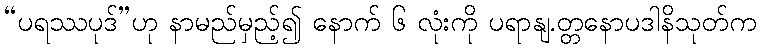
“ပရဿပုဒ်”ဟု နာမည်မှည့်၍ နောက် ၆ လုံးကို ပရာနျ.တ္တနောပဒါနိသုတ်က